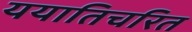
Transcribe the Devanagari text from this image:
ययातिचरित